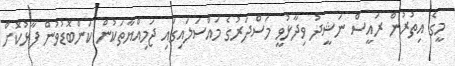
މީގެ އިތުރުން ރައީސް ނަޝީދު ވިދާޅުވީ މަސްދަރުގެ މައްސަލައިގައި ޖަމިއްޔާތަކުން ކަންބޮޑުވުން ފާޅުކޮށް